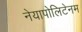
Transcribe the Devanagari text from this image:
नेयापोलिटेनम